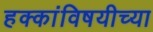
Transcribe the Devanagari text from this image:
हक्कांविषयीच्या